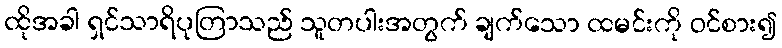
ထိုအခါ ရှင်သာရိပုတြာသည် သူတပါးအတွက် ချက်သော ထမင်းကို ဝင်စား၍